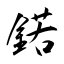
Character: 鍩